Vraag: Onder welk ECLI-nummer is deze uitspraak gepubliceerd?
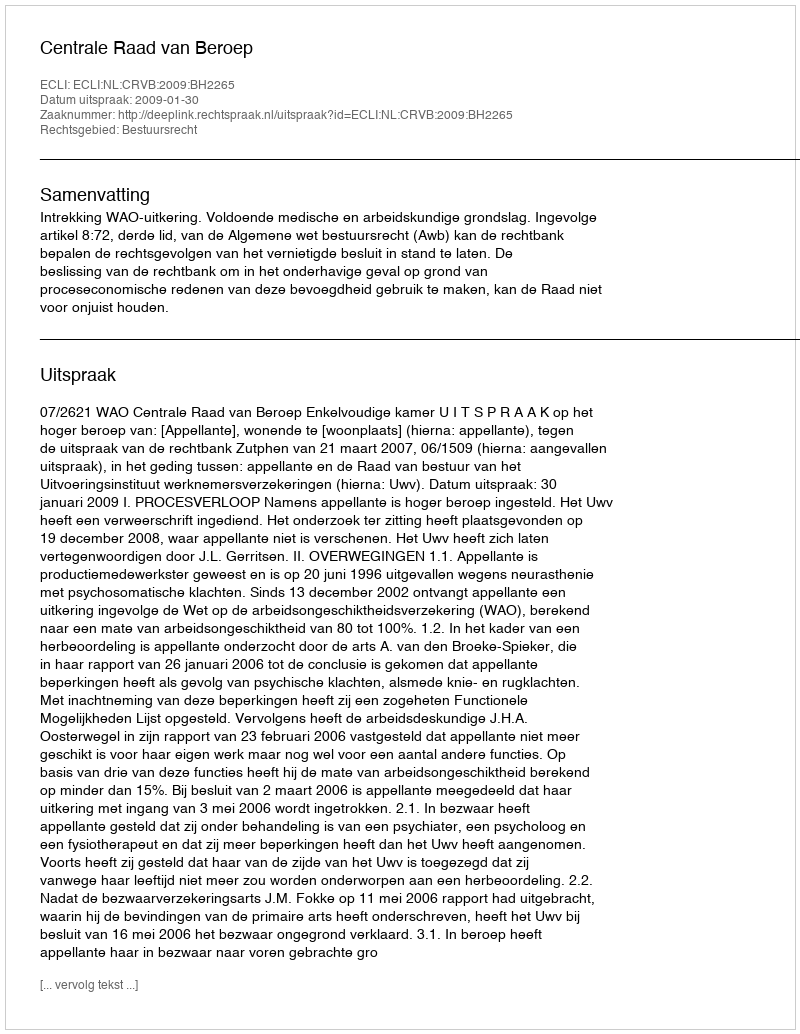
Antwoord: ECLI:NL:CRVB:2009:BH2265